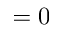
= 0